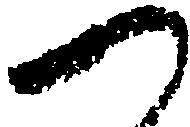
つ